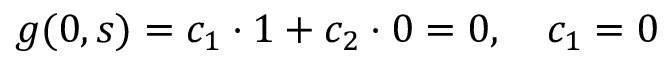
g ( 0 , s ) = c _ { 1 } \cdot 1 + c _ { 2 } \cdot 0 = 0 , \quad c _ { 1 } = 0